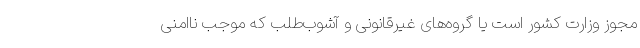
مجوز وزارت کشور است یا گروه‌های غیرقانونی و آشوب‌طلب که موجب ناامنی